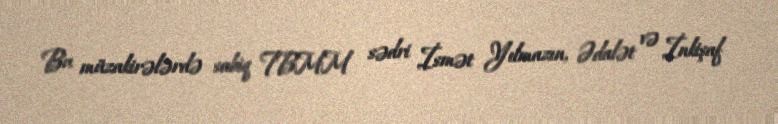
Bu müzakirələrdə sabiq TBMM sədri İsmət Yılmazın, Ədalət və İnkişaf